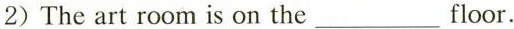
2) The art room is on the ___ floor.